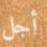
أجل